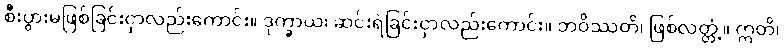
စီးပွားမဖြစ်ခြင်းငှာလည်းကောင်း။ ဒုက္ခာယ၊ ဆင်းရဲခြင်းငှာလည်းကောင်း။ ဘဝိဿတိ၊ ဖြစ်လတ္တံ့။ ဣတိ၊